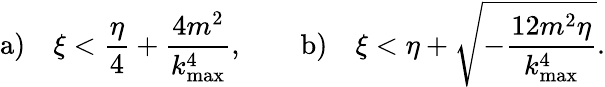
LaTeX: \mathrm{a)}\quad\xi<\displaystyle{\frac{\eta}{4}+\frac{4m^{2}}{k_{\mathrm{max}}^{4}}},\qquad\mathrm{b)}\quad\xi<\displaystyle{\eta+\sqrt{-\frac{12m^{2}\eta}{k_{\mathrm{max}}^{4}}}}.